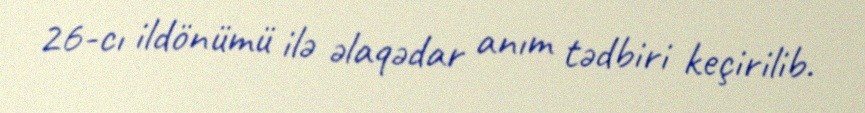
26-cı ildönümü ilə əlaqədar anım tədbiri keçirilib.